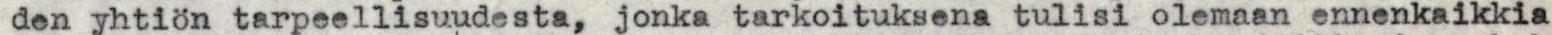
den yhtiön tarpeellisuudesta, jonka tarkoituksena tulisi olemaan ennenkaikkia